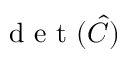
\textrm { d e t } ( \hat { C } )